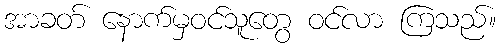
အာခတ် နောက်မှဝင်သူတွေ ဝင်လာ ကြသည်။